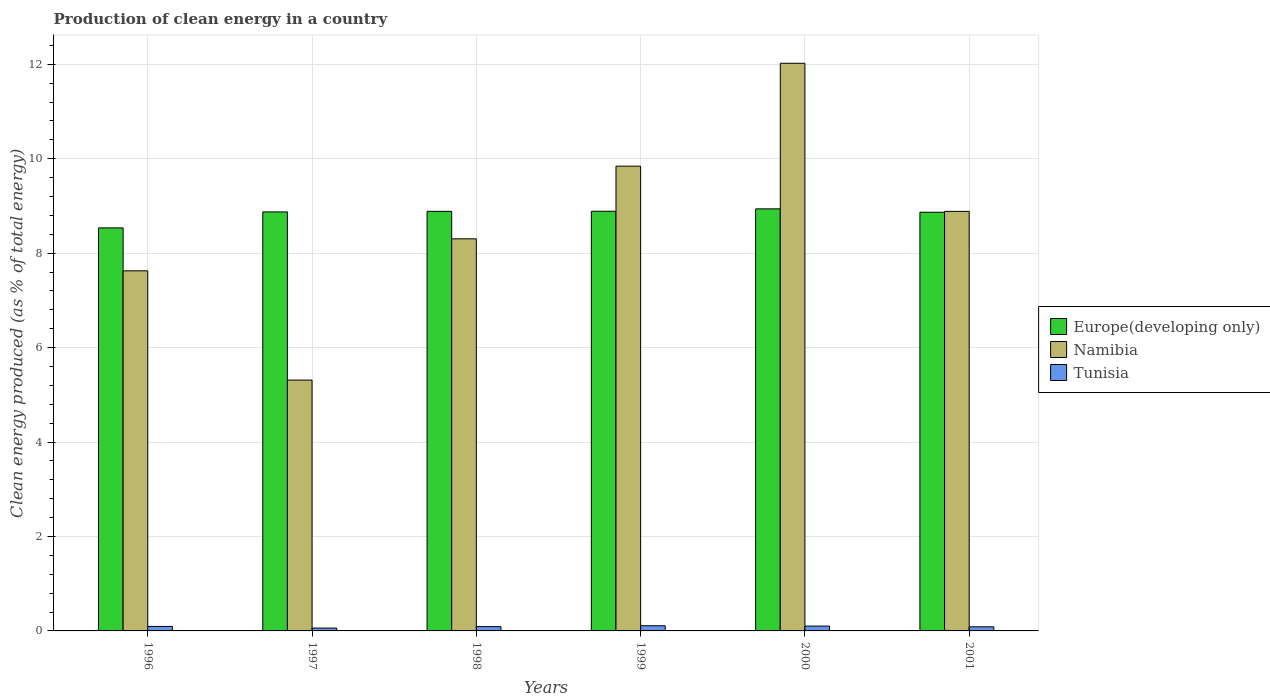
| Years | Europe(developing only) | Namibia | Tunisia |
 | --- | --- | --- | --- |
 | 1996 | 8.54 | 7.63 | 0.095 |
 | 1997 | 8.87 | 5.31 | 0.0605 |
 | 1998 | 8.89 | 8.3 | 0.0908 |
 | 1999 | 8.89 | 9.84 | 0.11 |
 | 2000 | 8.94 | 12 | 0.102 |
 | 2001 | 8.87 | 8.89 | 0.087 |